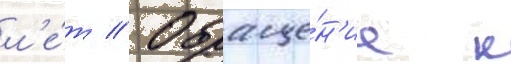
л'е́т // Обраще́н'ие к